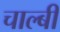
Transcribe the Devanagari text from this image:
चाल्बी